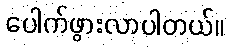
ပေါက်ဖွားလာပါတယ်။